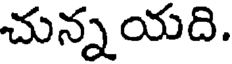
చున్నయది.